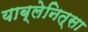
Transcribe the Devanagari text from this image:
याब्लेनित्सा